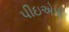
પીઇએપી